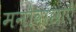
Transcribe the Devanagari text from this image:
मनोवांछाएँ